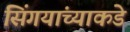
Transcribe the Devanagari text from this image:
सिंगयांच्याकडे